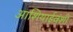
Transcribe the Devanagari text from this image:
आशियाईवंशी